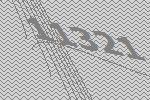
11321